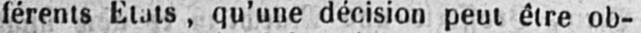
férents Etats, qu’une décision peut être ob-